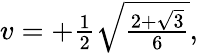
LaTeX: \begin{array}{r}{v=+\frac{1}{2}\sqrt{\frac{2+\sqrt{3}}{6}},}\end{array}